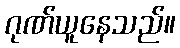
ဂုဏ်ယူနေသည်။